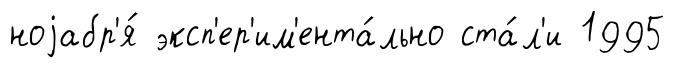
ноjабр'я́ эксп'ер'им'ента́льно ста́л'и 1995